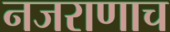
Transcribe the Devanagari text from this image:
नजराणाच